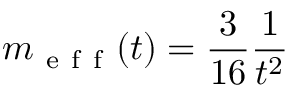
m _ { \mathrm { ~ e ~ f ~ f ~ } } ( t ) = \frac { 3 } { 1 6 } \frac { 1 } { t ^ { 2 } }